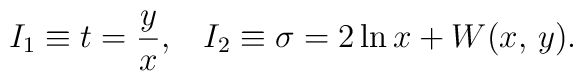
I_1\equiv t={y\over x},\;\;\;I_2\equiv\sigma=2\ln x+W(x,\,y).